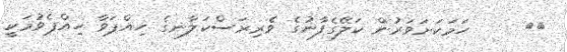
١٢     ހަމަކަށަވަރުން ކަލޭގެފާނުގެ ވެރިރަސްކަލާނގެ ހިއްޕަވާ ހިއްޕެވުމަކީ